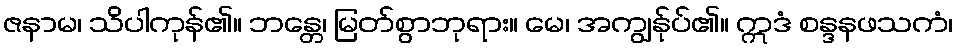
ဇနာမ၊ သိပါကုန်၏။ ဘန္တေ၊ မြတ်စွာဘုရား။ မေ၊ အကျွန်ုပ်၏။ ဣဒံ စန္ဒနဖသကံ၊